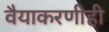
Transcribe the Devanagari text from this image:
वैयाकरणीही